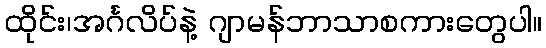
ထိုင်း၊အင်္ဂလိပ်နဲ့ ဂျာမန်ဘာသာစကားတွေပါ။